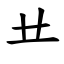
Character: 龷